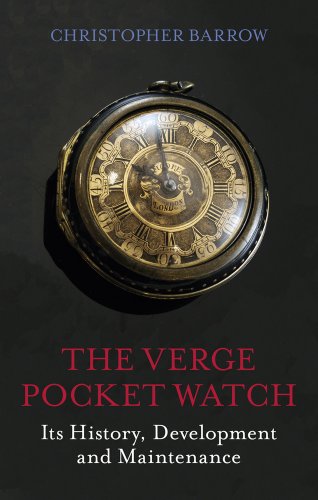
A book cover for The Verge Pocket Watch: Its History, Development and Maintenance; Christopher Barrow; Crafts, Hobbies & Home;